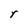
Character: r